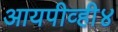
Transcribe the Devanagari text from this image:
आयपीव्ही४